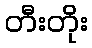
တီးတိုး